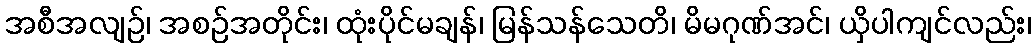
အစီအလျဉ်၊ အစဉ်အတိုင်း၊ ထုံးပိုင်မချန်၊ မြန်သန်သေတိ၊ မိမဂုဏ်အင်၊ ယှိပါကျင်လည်း၊